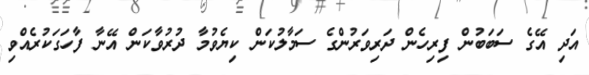
އަދި އޭގެ ސަބަބުން ފިރިހެން ދަރިވަރުންގެ ސަމާލުކަން ކިޔެވުމާ ދުރުވާކަން އޭނާ ފާހަގަކުރެއްވި